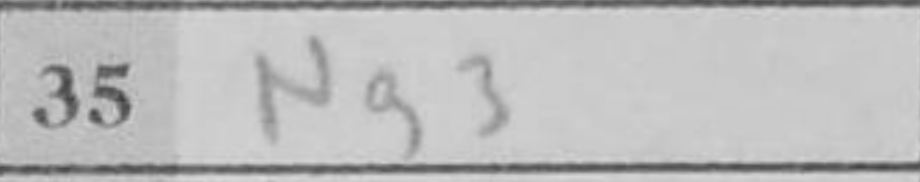
Transcription: Ng3